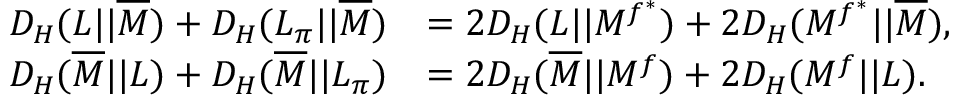
\begin{array} { r l } { D _ { H } ( L | | \overline { { M } } ) + D _ { H } ( L _ { \pi } | | \overline { { M } } ) } & { = 2 D _ { H } ( L | | M ^ { f ^ { * } } ) + 2 D _ { H } ( M ^ { f ^ { * } } | | \overline { { M } } ) , } \\ { D _ { H } ( \overline { { M } } | | L ) + D _ { H } ( \overline { { M } } | | L _ { \pi } ) } & { = 2 D _ { H } ( \overline { { M } } | | M ^ { f } ) + 2 D _ { H } ( M ^ { f } | | L ) . } \end{array}